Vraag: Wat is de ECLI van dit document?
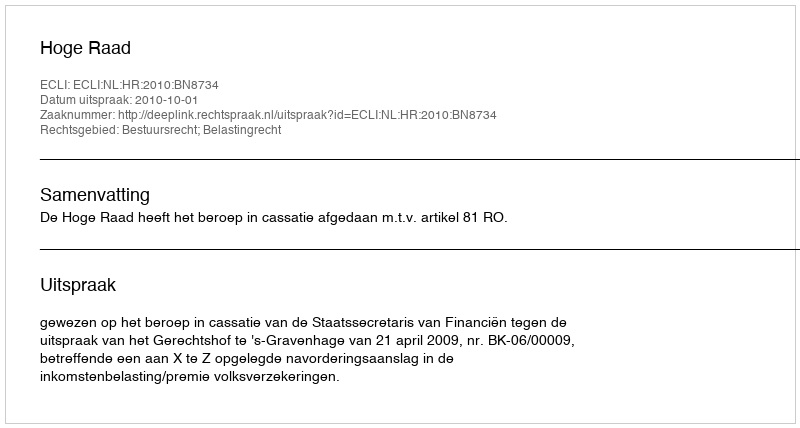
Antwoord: ECLI:NL:HR:2010:BN8734